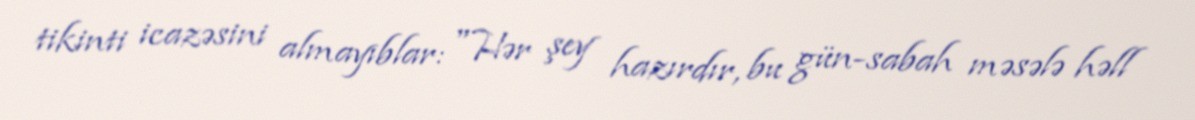
tikinti icazəsini almayıblar: "Hər şey hazırdır, bu gün-sabah məsələ həll